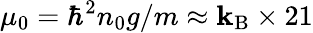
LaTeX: \mu_{0}=\hbar^{2}n_{0}g/m\approx\mathbf{k}_{\mathrm{{B}}}\times21